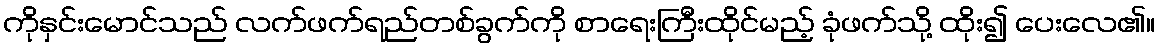
ကိုနှင်းမောင်သည် လက်ဖက်ရည်တစ်ခွက်ကို စာရေးကြီးထိုင်မည့် ခုံဖက်သို့ ထိုး၍ ပေးလေ၏။